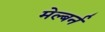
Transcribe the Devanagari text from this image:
मेल्बर्न